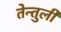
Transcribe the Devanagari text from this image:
तेन्तुली